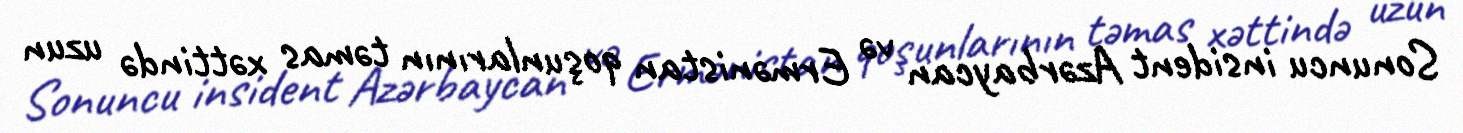
Sonuncu insident Azərbaycan və Ermənistan qoşunlarının təmas xəttində uzun